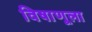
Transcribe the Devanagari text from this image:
विषाणूला